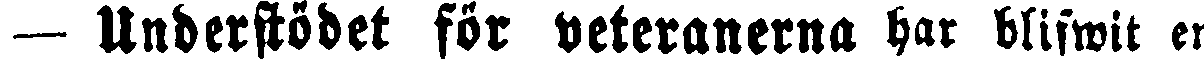
— Understödet för veteranerna har blifwit en